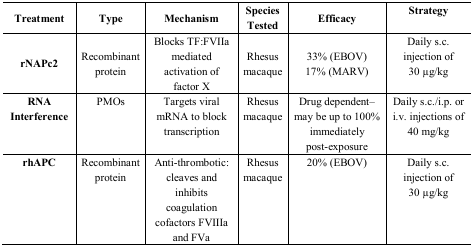
<table><thead><tr><td><b>Treatment</b></td><td><b>Type</b></td><td><b>Mechanism</b></td><td><b>Species Tested</b></td><td><b>Efficacy</b></td><td><b>Strategy</b></td></tr></thead><tbody><tr><td><b>rNAPc2</b></td><td>Recombinant protein</td><td>Blocks TF:FVIIa mediated activation of factor X</td><td>Rhesus macaque</td><td>33% (EBOV)17% (MARV)</td><td>Daily s.c. injection of 30 μg/kg</td></tr><tr><td><b>RNA Interference</b></td><td>PMOs</td><td>Targets viral mRNA to block transcription</td><td>Rhesus macaque</td><td>Drug dependent-may be up to 100% immediately post-exposure</td><td>Daily s.c./i.p. or i.v. injections of 40 mg/kg</td></tr><tr><td><b>rhAPC</b></td><td>Recombinant protein</td><td>Anti-thrombotic: cleaves and inhibits coagulation cofactors FVIIIa and FVa</td><td>Rhesus macaque</td><td>20% (EBOV)</td><td>Daily s.c. injection of 30 μg/kg</td></tr></tbody></table>